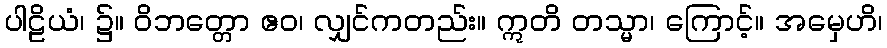
ပါဠိယံ၊ ၌။ ဝိဘတ္တော ဧဝ၊ လျှင်ကတည်း။ ဣတိ တသ္မာ၊ ကြောင့်။ အမှေဟိ၊